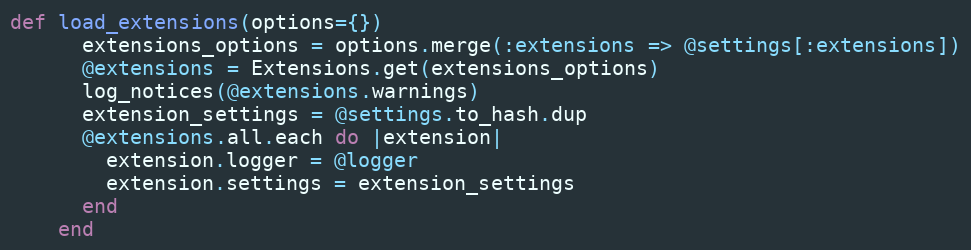
Language: Ruby
def load_extensions(options={})
      extensions_options = options.merge(:extensions => @settings[:extensions])
      @extensions = Extensions.get(extensions_options)
      log_notices(@extensions.warnings)
      extension_settings = @settings.to_hash.dup
      @extensions.all.each do |extension|
        extension.logger = @logger
        extension.settings = extension_settings
      end
    end